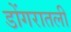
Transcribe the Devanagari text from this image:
डोंगरातली